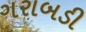
ગરાબડી